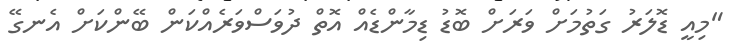
"މިއީ ޑޮލަރު ގަތުމަށް ވަރަށް ބޮޑު ޑިމާންޑެއް އޮތް ދުވަސްވަރެއްކަން ބޭންކަށް އެނގޭ